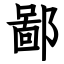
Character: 鄙